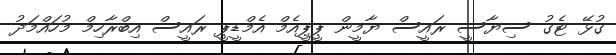
ގުޅޭ ޓެގު ސިޔާސީ ރައީސް ޔާމީން ޕީޕީއެމް އެމްޑީޕީ ރައީސް އިބްރާހިމް މުހައްމަދު